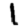
Digit: 1